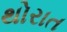
થોરાત